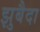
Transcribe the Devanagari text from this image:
झुबैदा